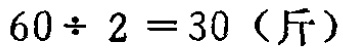
\(60\div 2 = 30\ (\text{斤})\)